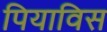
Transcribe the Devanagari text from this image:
पियाविस